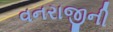
વનરાજીની